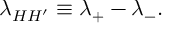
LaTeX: \lambda _ { H H ^ { \prime } } \equiv \lambda _ { + } - \lambda _ { - } .